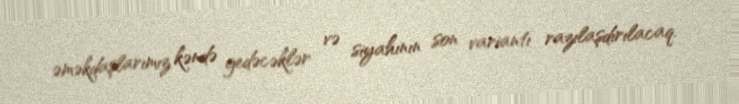
əməkdaşlarımız kəndə gedəcəklər və siyahının son variantı razılaşdırılacaq.